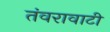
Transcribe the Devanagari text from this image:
तंवरावाटी